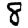
Digit: 8